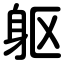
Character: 躯